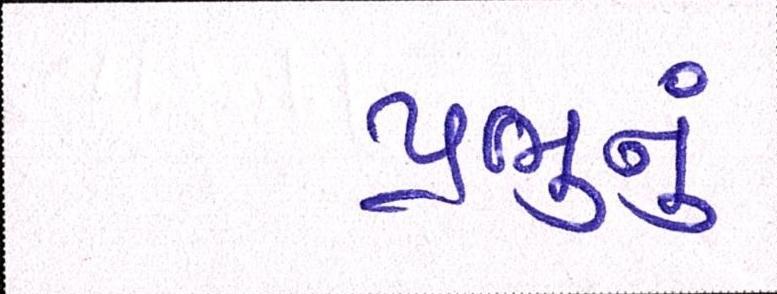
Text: પ્રભુનું